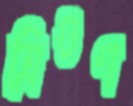
ত্রিগুণ